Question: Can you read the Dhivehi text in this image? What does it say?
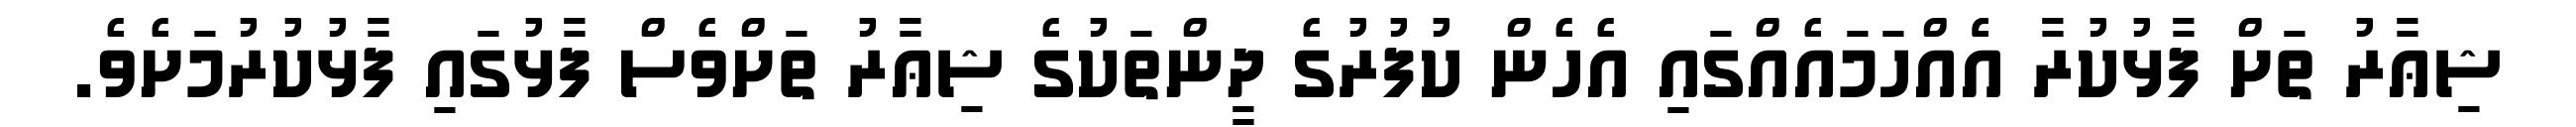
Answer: ޝިޢާރު ތަށް ފާޅުކުރާ އެެއްހަމައެއްގައި އެހެން ކުފުރުގެ ދީންތަކުގެ ޝިޢާރު ތަށްވެސް ފާޅުގައި ފާޅުކުރުމަށެވެ.